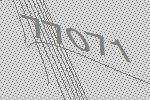
77071